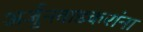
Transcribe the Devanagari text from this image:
अर्जुनवाडकरांना